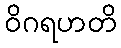
ဝိဂရဟတိ